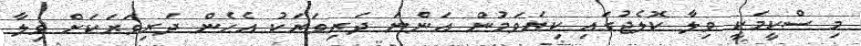
މި ސްކީމަކީ ވިލާ ކޮލެޖުގައި ކިިޔަވަމުން އަންނަ ދަރިވަރަކު އެހެން ދަރިވަރަކަށް ވިލާ